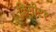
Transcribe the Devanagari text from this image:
किमीटर